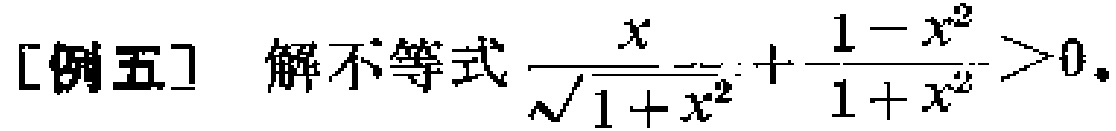
[例五] 解不等式$\frac{x}{\sqrt{1 + x^{2}}}+\frac{1 - x^{2}}{1 + x^{2}}>0$。